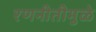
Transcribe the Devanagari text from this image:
रणनीतीमुळे